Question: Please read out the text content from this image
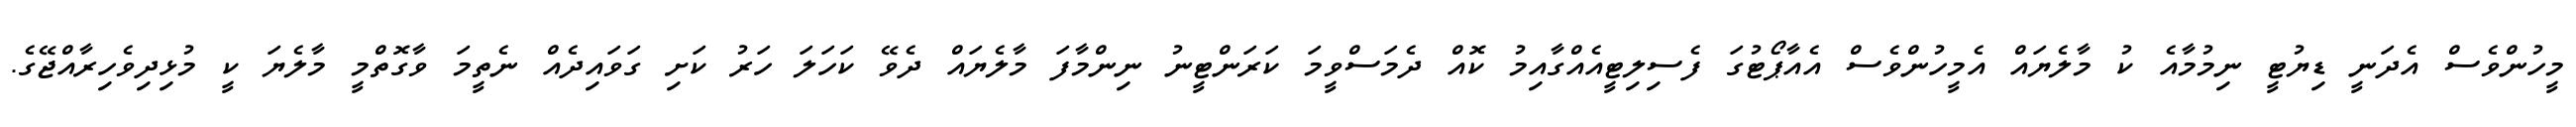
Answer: މީހުންވެސް އެދަނީ ޑިޔުޓީ ނިމުމާއެ ކު މާލެޔައް އެމީހުންވެސް އެއާޕޯޓުގަ ފެސިލިޓީއެއްގާއިމު ކޮއް ދެމަސްވީމަ ކަރަންޓީނު ނިންމާފަ މާލެޔައް ދެވޭ ކަހަލަ ހަރު ކަށި ގަވައިދެއް ނެތީމަ ވާގޮތްމީ މާލެޔަ ކީ މުޅިދިވެހިރާއްޖޭގެ.